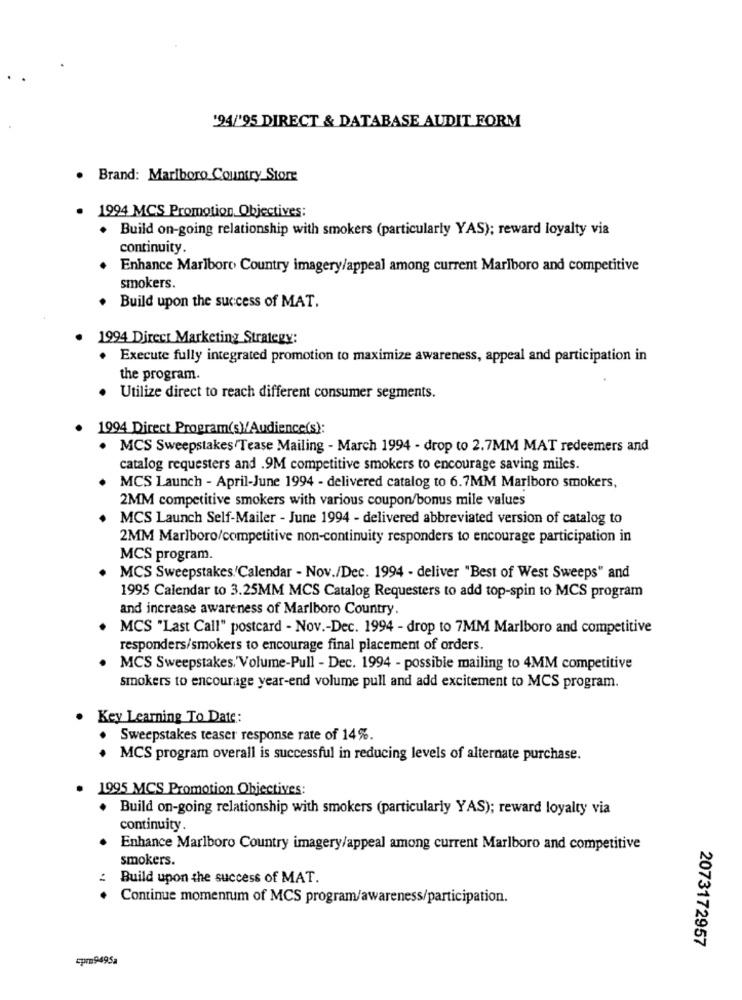
'94/'95 DIRECT & DATABASE AUDIT FORM
Brand: Marlboro Country Store
1994 MCS Promotion Objectives:
Build on-going relationship with smokers (particularly YAS); reward loyalty via
continuity
Enhance Marlboro Country imagery/appeal among current Marlboro and competitive
smokers.
. Build upon the success of MAT.
1994 Direct Marketing Strategy:
· Execute fully integrated promotion to maximize awareness, appeal and participation in
the program.
Utilize direct to reach different consumer segments.
1994 Direct Program(s)/Audience(s):
. MCS Sweepstakes /Tease Mailing - March 1994 - drop to 2.7MM MAT redeemers and
catalog requesters and .9M competitive smokers to encourage saving miles.
MCS Launch - April-June 1994 - delivered catalog to 6.7MM Marlboro smokers,
2MM competitive smokers with various coupon/bonus mile values
MCS Launch Self-Mailer - June 1994 - delivered abbreviated version of catalog to
2MM Marlboro/competitive non-continuity responders to encourage participation in
MCS program.
MCS Sweepstakes/'Calendar - Nov./Dec. 1994 - deliver "Best of West Sweeps" and
1995 Calendar to 3.25MM MCS Catalog Requesters to add top-spin to MCS program
and increase awareness of Marlboro Country.
MCS "Last Call" postcard - Nov .- Dec. 1994 - drop to 7MM Marlboro and competitive
responders/smokers to encourage final placement of orders.
MCS Sweepstakes.'Volume-Pull - Dec. 1994 - possible mailing to 4MM competitive
smokers to encourage year-end volume pull and add excitement to MCS program.
Key Learning To Date:
Sweepstakes teaser response rate of 14%.
· MCS program overall is successful in reducing levels of alternate purchase.
1995 MCS Promotion Objectives:
. Build on-going relationship with smokers (particularly YAS); reward loyalty via
continuity.
Enhance Marlboro Country imagery/appeal among current Marlboro and competitive
smokers.
Build upon the success of MAT.
Continue momentum of MCS program/awareness/participation.
2073172957
cpr9495a